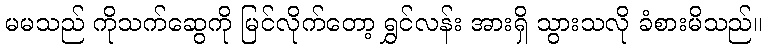
မမသည် ကိုသက်ဆွေကို မြင်လိုက်တော့ ရွှင်လန်း အားရှိ သွားသလို ခံစားမိသည်။